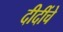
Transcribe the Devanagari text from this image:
दीदींचे